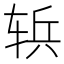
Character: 𮝶